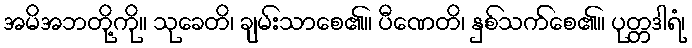
အမိအဘတို့ကို။ သုခေတိ၊ ချမ်းသာစေ၏။ ပီဏေတိ၊ နှစ်သက်စေ၏။ ပုတ္တဒါရံ၊